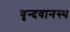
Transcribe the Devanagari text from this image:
वृन्दवानस्थ